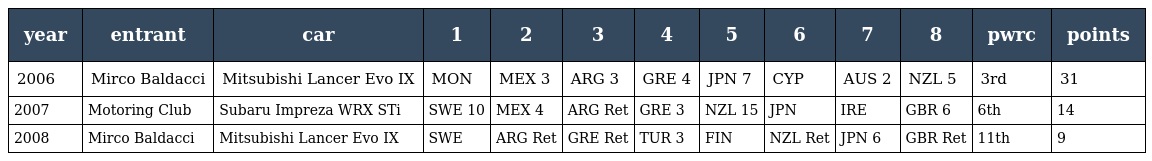
| year | entrant | car | 1 | 2 | 3 | 4 | 5 | 6 | 7 | 8 | pwrc | points |
 | --- | --- | --- | --- | --- | --- | --- | --- | --- | --- | --- | --- | --- |
 | 2006 | Mirco Baldacci | Mitsubishi Lancer Evo IX | MON | MEX 3 | ARG 3 | GRE 4 | JPN 7 | CYP | AUS 2 | NZL 5 | 3rd | 31 |
 | 2007 | Motoring Club | Subaru Impreza WRX STi | SWE 10 | MEX 4 | ARG Ret | GRE 3 | NZL 15 | JPN | IRE | GBR 6 | 6th | 14 |
 | 2008 | Mirco Baldacci | Mitsubishi Lancer Evo IX | SWE | ARG Ret | GRE Ret | TUR 3 | FIN | NZL Ret | JPN 6 | GBR Ret | 11th | 9 |